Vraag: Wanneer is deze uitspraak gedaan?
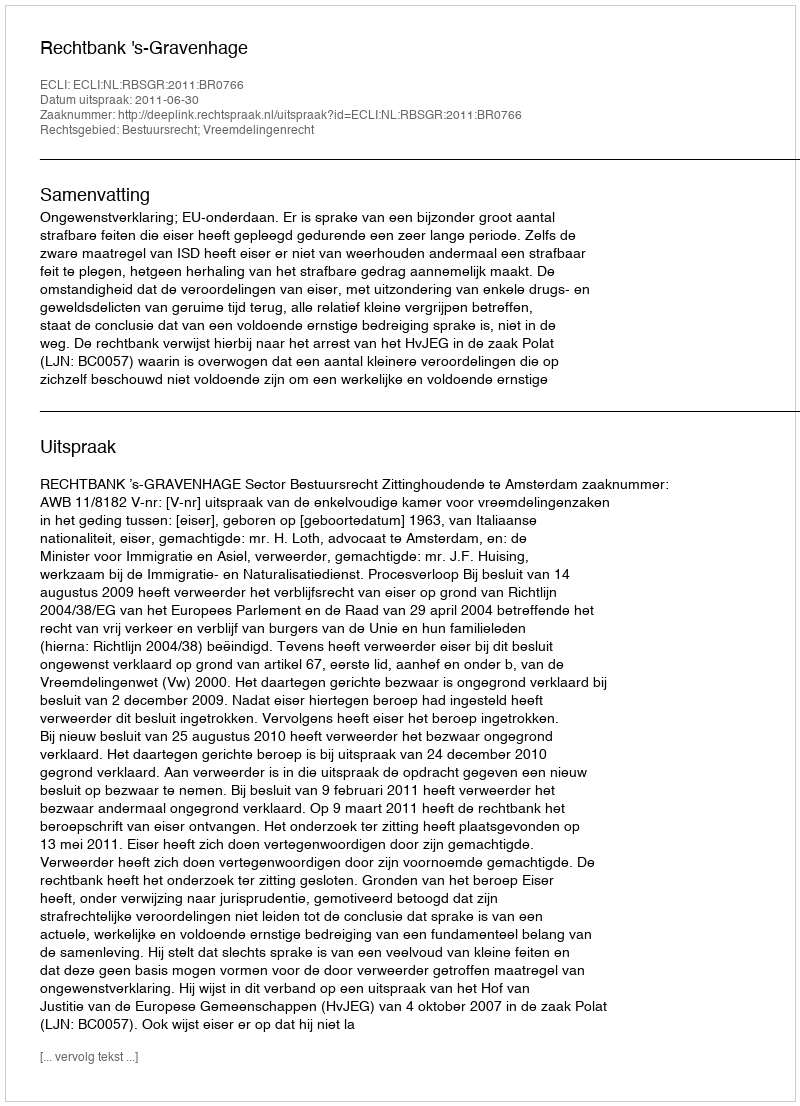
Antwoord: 2011-06-30